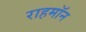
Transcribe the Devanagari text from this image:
राहमॉन